Reports on military cantonments and civil stations in the Presidency of Bombay inspected by the Sanitary Commissioner in the years 1875 and 1876
Year: 1875
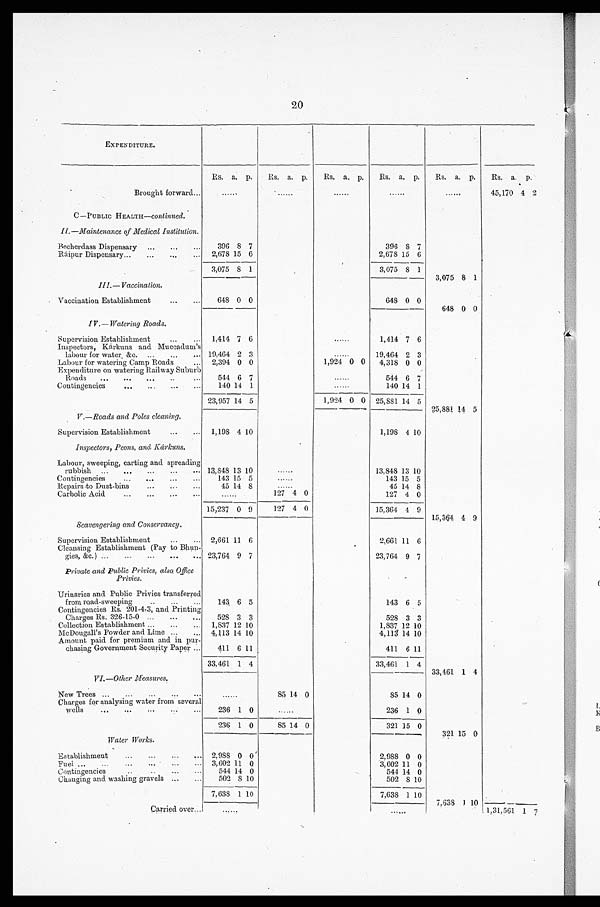
20
EXPENDITURE.
Rs. a. p. Rs. a. p. Rs. a. p. Rs. a . p. Rs.
a . p. Rs. a. p.
Brought forward...
. . . . . . ......
. . . . . .
. . . . . .
. . . . . . 45,170 4 2
C—PUBLIC HEALTH— continued.
II—Maintenance of Medical Institution.
Becherdass Dispensary ... ... ...
396 8 7
396 8 7
Raipur Dispensary... ... ...
... 2,678 15 6
2,678 15 6
3,075 8 1
3,075 8 1 3,075 8 1
I I I . — V a c c i n a t i o n .
Vaccination Establishment
...
648 0 0
648 0 0
648 0 0
IV.—Watering Roads.
Supervision Establishment
... ... 1,414 7 6
......
1,414 7 6
Inspectors, Karkuns and Muccadum's
Labour for water, &c. ... ... ... 19,464 2 3
......
19,464 2 3
Labour for watering Camp Roads
... 2,394 0 0
1,924 0 0 4,318 0 0
Expenditure on watering Railway Suburb
Roads ... ... ... ..
...
544 6 7
......
544 6 7
Contingencies
...
... ...
140 14 1
......
140 14 1
23,957 14 5
1,924 0 0 25,881 14 5 25,881 14 5
V.—Roads and Poles cleaning.
Supervision Establishment
... ... 1,198 4 10
1,198 4 10
Inspectors, Peons, and Kárkuns.
Labour, sweeping, carting and spreading
rubbish ... ... ... ...
. . . 13,848 13 10
. . . . . .
13,848 13 10
Contingencies
143 15 5
......
143 15 5
Repairs to Dust-bins . . .
. . .
. . .
45 14 8
......
45 14 8
Carbolic Acid
... ... ... ...
......
127 4 0
127 4 0
15,237 0 9
127 4 0
15,364 4 9 15,364 4 9
Scavengering and Conservancy.
Supervision Establishment
... ... 2,661 11 6
2,661 11 6
Cleansing Establishment (Pay to Bhun-
gies, &c.) ... ... ... ... ... 23,764 9 7
23,764 9 7
Private and Public Privies, also Office
Privies.
Urinaries and Public Priyies transferred
from road-sweeping
... . . .
. . . 143 6 5
143 6 5
Contingencies Rs. 201-4-3, and Printing
Charges Rs. 326-15-0 ... ... ... 528 3 3
528 3 3
Collection Establishment ...
...
1,837 12 10
1,837 12 10
McDougall's Powder and Lime ... ... 4,113 14 10
4,113 14 10
Amount paid for premium and in pur-
chasing Government Security Paper ...
411 6 11
411 6 11
33,461 1 4
33,461 1 4 33,461 1 4
VI.—Other Measures.
New Trees ... ... ... ... ...
. . . . . .
85 14 0
85 14 0
Charges for analysing water from several
wells
... ... ...
... ...
236 1 0
. . . . . .
236 1 0
236 1 0
85 14 0
321 15 0
Water Works.
321 15 0
Establishment
... ... ... 2,988 0 0
2,988 0 0
Fuel ...
...
... 3,602 11 0
3,602 11 0
Contingencies
... . . .
. . .
. . . 544 14 0
544 14 0
Changing and washing gravels ... ...
502 8 10
502 8 10
7,638 1 10
7,638 1 10 7,638 1 10
Carried over...
......
......
1,31,561 1 7